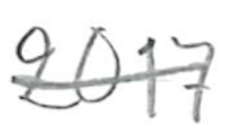
Text: 2017
Cross-out: single-line
Writing tool: pencil